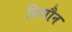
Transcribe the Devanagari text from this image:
दिगौन